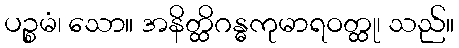
ပဉ္စမံ၊ သော။ အနိတ္ထိဂန္ဓကုမာရဝတ္ထု၊ သည်။